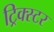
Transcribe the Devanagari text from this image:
ट्रिक्स्टर